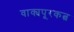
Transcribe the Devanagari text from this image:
वाक्यपूरकत्व